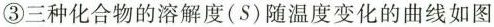
③三种化合物的溶解度(S)随温度变化的曲线如图